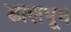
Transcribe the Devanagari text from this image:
डालभूम